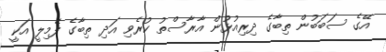
އޭގެ ސަބަބުން ތިބާގެ ދިރިއުޅުން އާރާސްތު ކުރެވި އަދި ތިބާގެ ފެމިލީ އަކީ